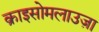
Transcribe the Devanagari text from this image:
क्राइसोमलाउज़ा